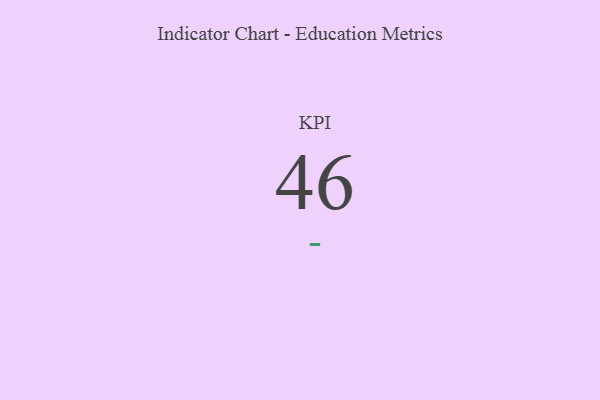
{"axis": {"x": "KPI", "y": "Value"}, "legend": [""], "data": [{"x": "KPI", "y": 46, "type": ""}]}